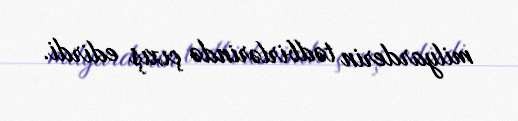
milyarderin tədbirlərində çıxış edirdi.